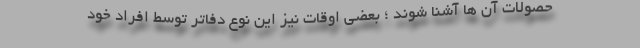
حصولات آن ها آشنا شوند ؛ بعضی اوقات نیز این نوع دفاتر توسط افراد خود